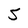
Character: 5